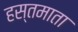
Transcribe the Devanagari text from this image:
हस्तमाता